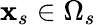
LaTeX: \mathbf{x}_{s}\in\Omega_{s}